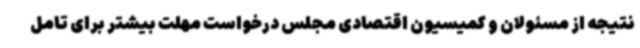
نتیجه از مسئولان و کمیسیون اقتصادی مجلس درخواست مهلت بیشتر برای تامل